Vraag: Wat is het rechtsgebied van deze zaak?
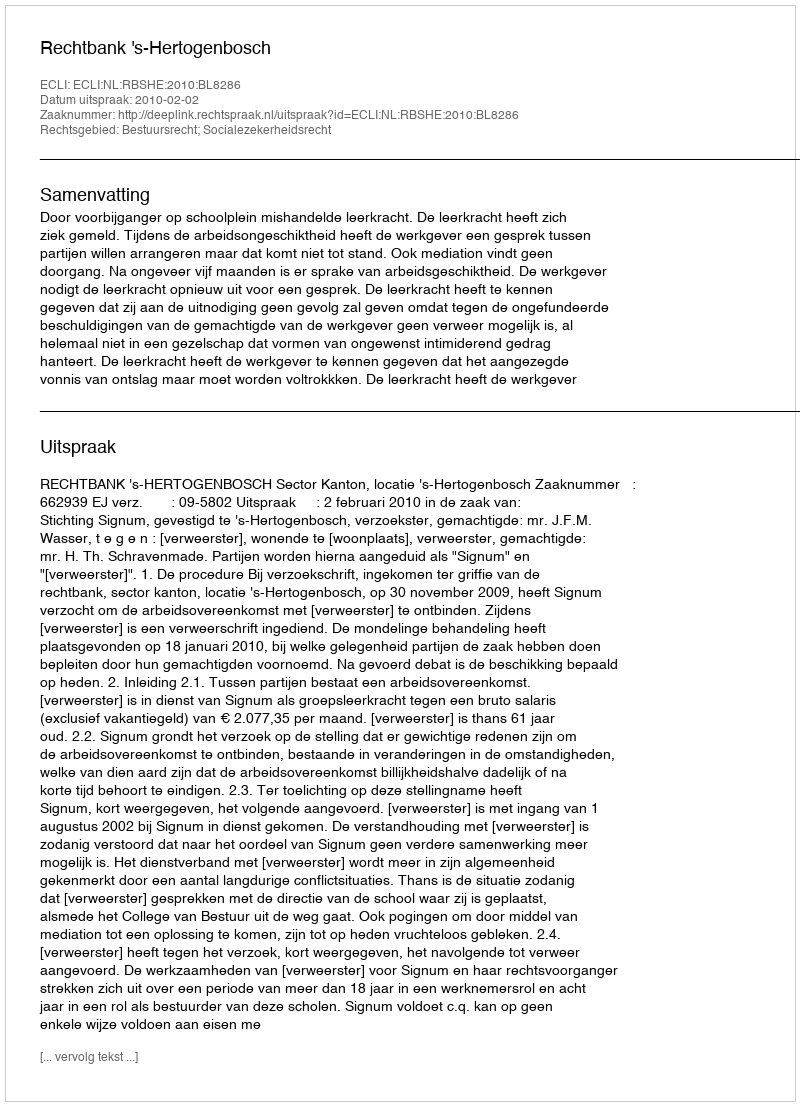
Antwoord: Bestuursrecht; Socialezekerheidsrecht